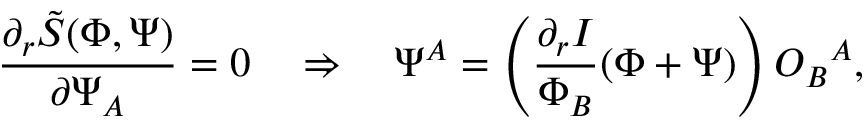
\frac { \partial _ { r } \tilde { \cal S } ( \Phi , \Psi ) } { \partial \Psi _ { A } } = 0 \quad \Rightarrow \quad \Psi ^ { A } = \left( \frac { \partial _ { r } I } { \Phi _ { B } } ( \Phi + \Psi ) \right) { \cal O } _ { B } { } ^ { A } ,